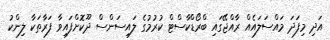
އަދި މިފަދަ މައްސަލައެއް ރާއްޖޭގައި ބްރޯޑްކާސްޓް ކުރުމުގެ ލައިސަންސް ދޫކޮށްފައިވާ ފަރާތަކާ ލިންކު